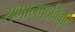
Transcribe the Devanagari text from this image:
समानपदविवृत्ति